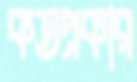
কতপ্রকার